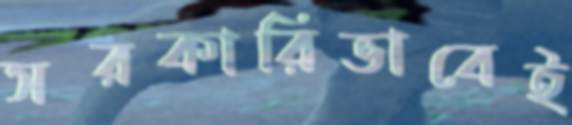
সরকারিভাবেই